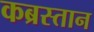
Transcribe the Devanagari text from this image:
कब्रस्‍तान